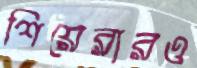
শিয়েরারও